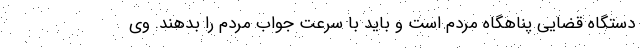
دستگاه قضایی پناهگاه مردم است و باید با سرعت جواب مردم را بدهند. وی